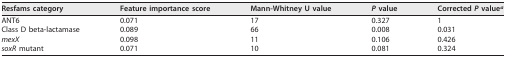
<table><thead><tr><td><b>Resfams category</b></td><td><b>Feature importance score</b></td><td><b>Mann-Whitney U value</b></td><td><b><i>P</i> value</b></td><td><b>Corrected <i>P</i> value<sup>a</sup></b></td></tr></thead><tbody><tr><td>ANT6</td><td>0.071</td><td>17</td><td>0.327</td><td>1</td></tr><tr><td>Class D beta-lactamase</td><td>0.089</td><td>66</td><td>0.008</td><td>0.031</td></tr><tr><td><i>mexX</i></td><td>0.098</td><td>11</td><td>0.106</td><td>0.426</td></tr><tr><td><i>soxR</i> mutant</td><td>0.071</td><td>10</td><td>0.081</td><td>0.324</td></tr></tbody></table>